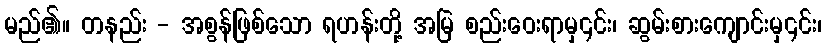
မည်၏။ တနည်း - အစွန်ဖြစ်သော ရဟန်းတို့ အမြဲ စည်းဝေးရာမှ၎င်း၊ ဆွမ်းစားကျောင်းမှ၎င်း၊